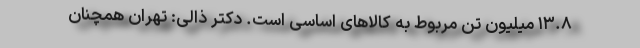
۱۳.۸ میلیون تن مربوط به کالاهای اساسی است. دکتر ذالی: تهران همچنان